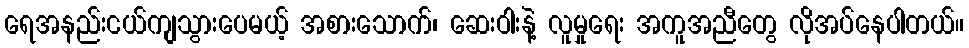
ရေအနည်းငယ်ကျသွားပေမယ့် အစားသောက်၊ ဆေးဝါးနဲ့ လူမှုရေး အကူအညီတွေ လိုအပ်နေပါတယ်။